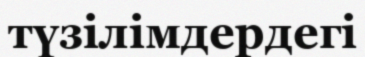
түзілімдердегі